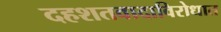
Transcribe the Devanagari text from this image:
दहशतवादाविरोधात